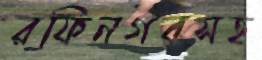
রফিনগরসহ